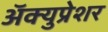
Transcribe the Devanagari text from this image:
अॅक्युप्रेशर